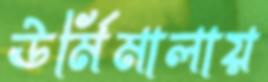
ঊর্মিমালায়